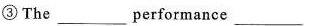
③The ___performance___